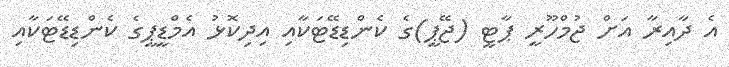
އެ ދާއިރާ އަށް ޖުމްހޫރީ ޕާޓީ (ޖޭޕީ)ގެ ކެންޑިޑޭޓަކާއި އިދިކޮޅު އެމްޑީޕީގެ ކެންޑިޑޭޓަކާއި